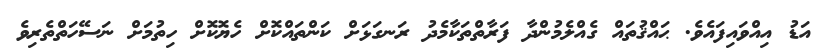
އަޑު އިއްވައިފައެވެ. ޙައްޤުތައް ގެއްލެމުންދާ ފަރާތްތަކާމެދު ރަނގަޅަށް ކަންތައްކޮށް ހެޔޮކޮށް ހިތުމަށް ނަސޭހަތްތެރިވެ